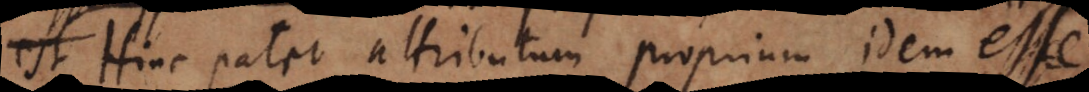
est Hinc patet attributum proprium idem esse